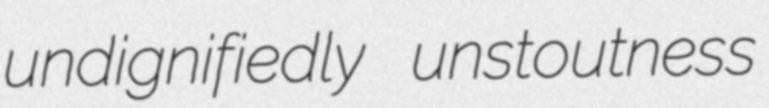
undignifiedly unstoutness